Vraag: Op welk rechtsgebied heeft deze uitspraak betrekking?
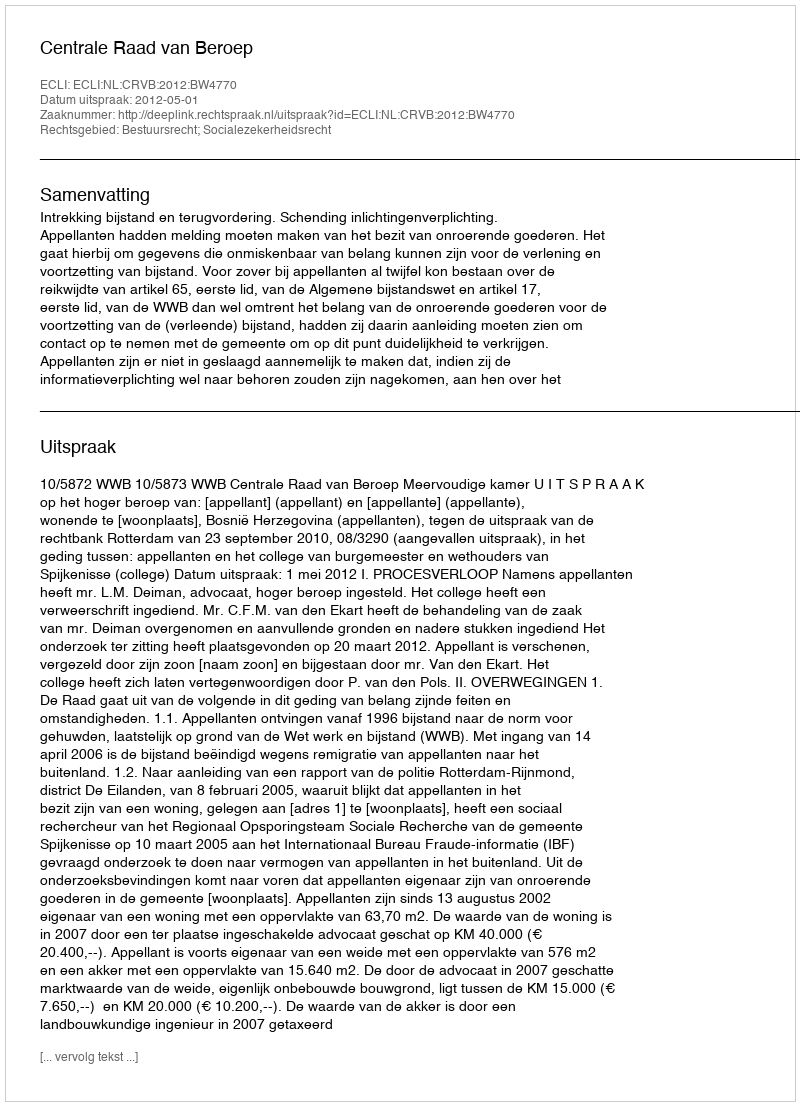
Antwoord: Bestuursrecht; Socialezekerheidsrecht